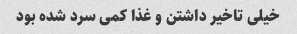
خیلی تاخیر داشتن و غذا کمی سرد شده بود